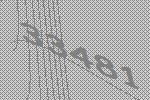
33481